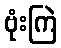
ဗုံးကြဲ